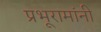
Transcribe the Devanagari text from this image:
प्रभूरामांनी